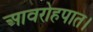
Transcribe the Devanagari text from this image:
आवरोहपात।